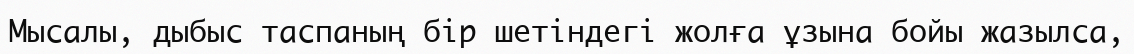
Мысалы, дыбыс таспаның бір шетіндегі жолға ұзына бойы жазылса,